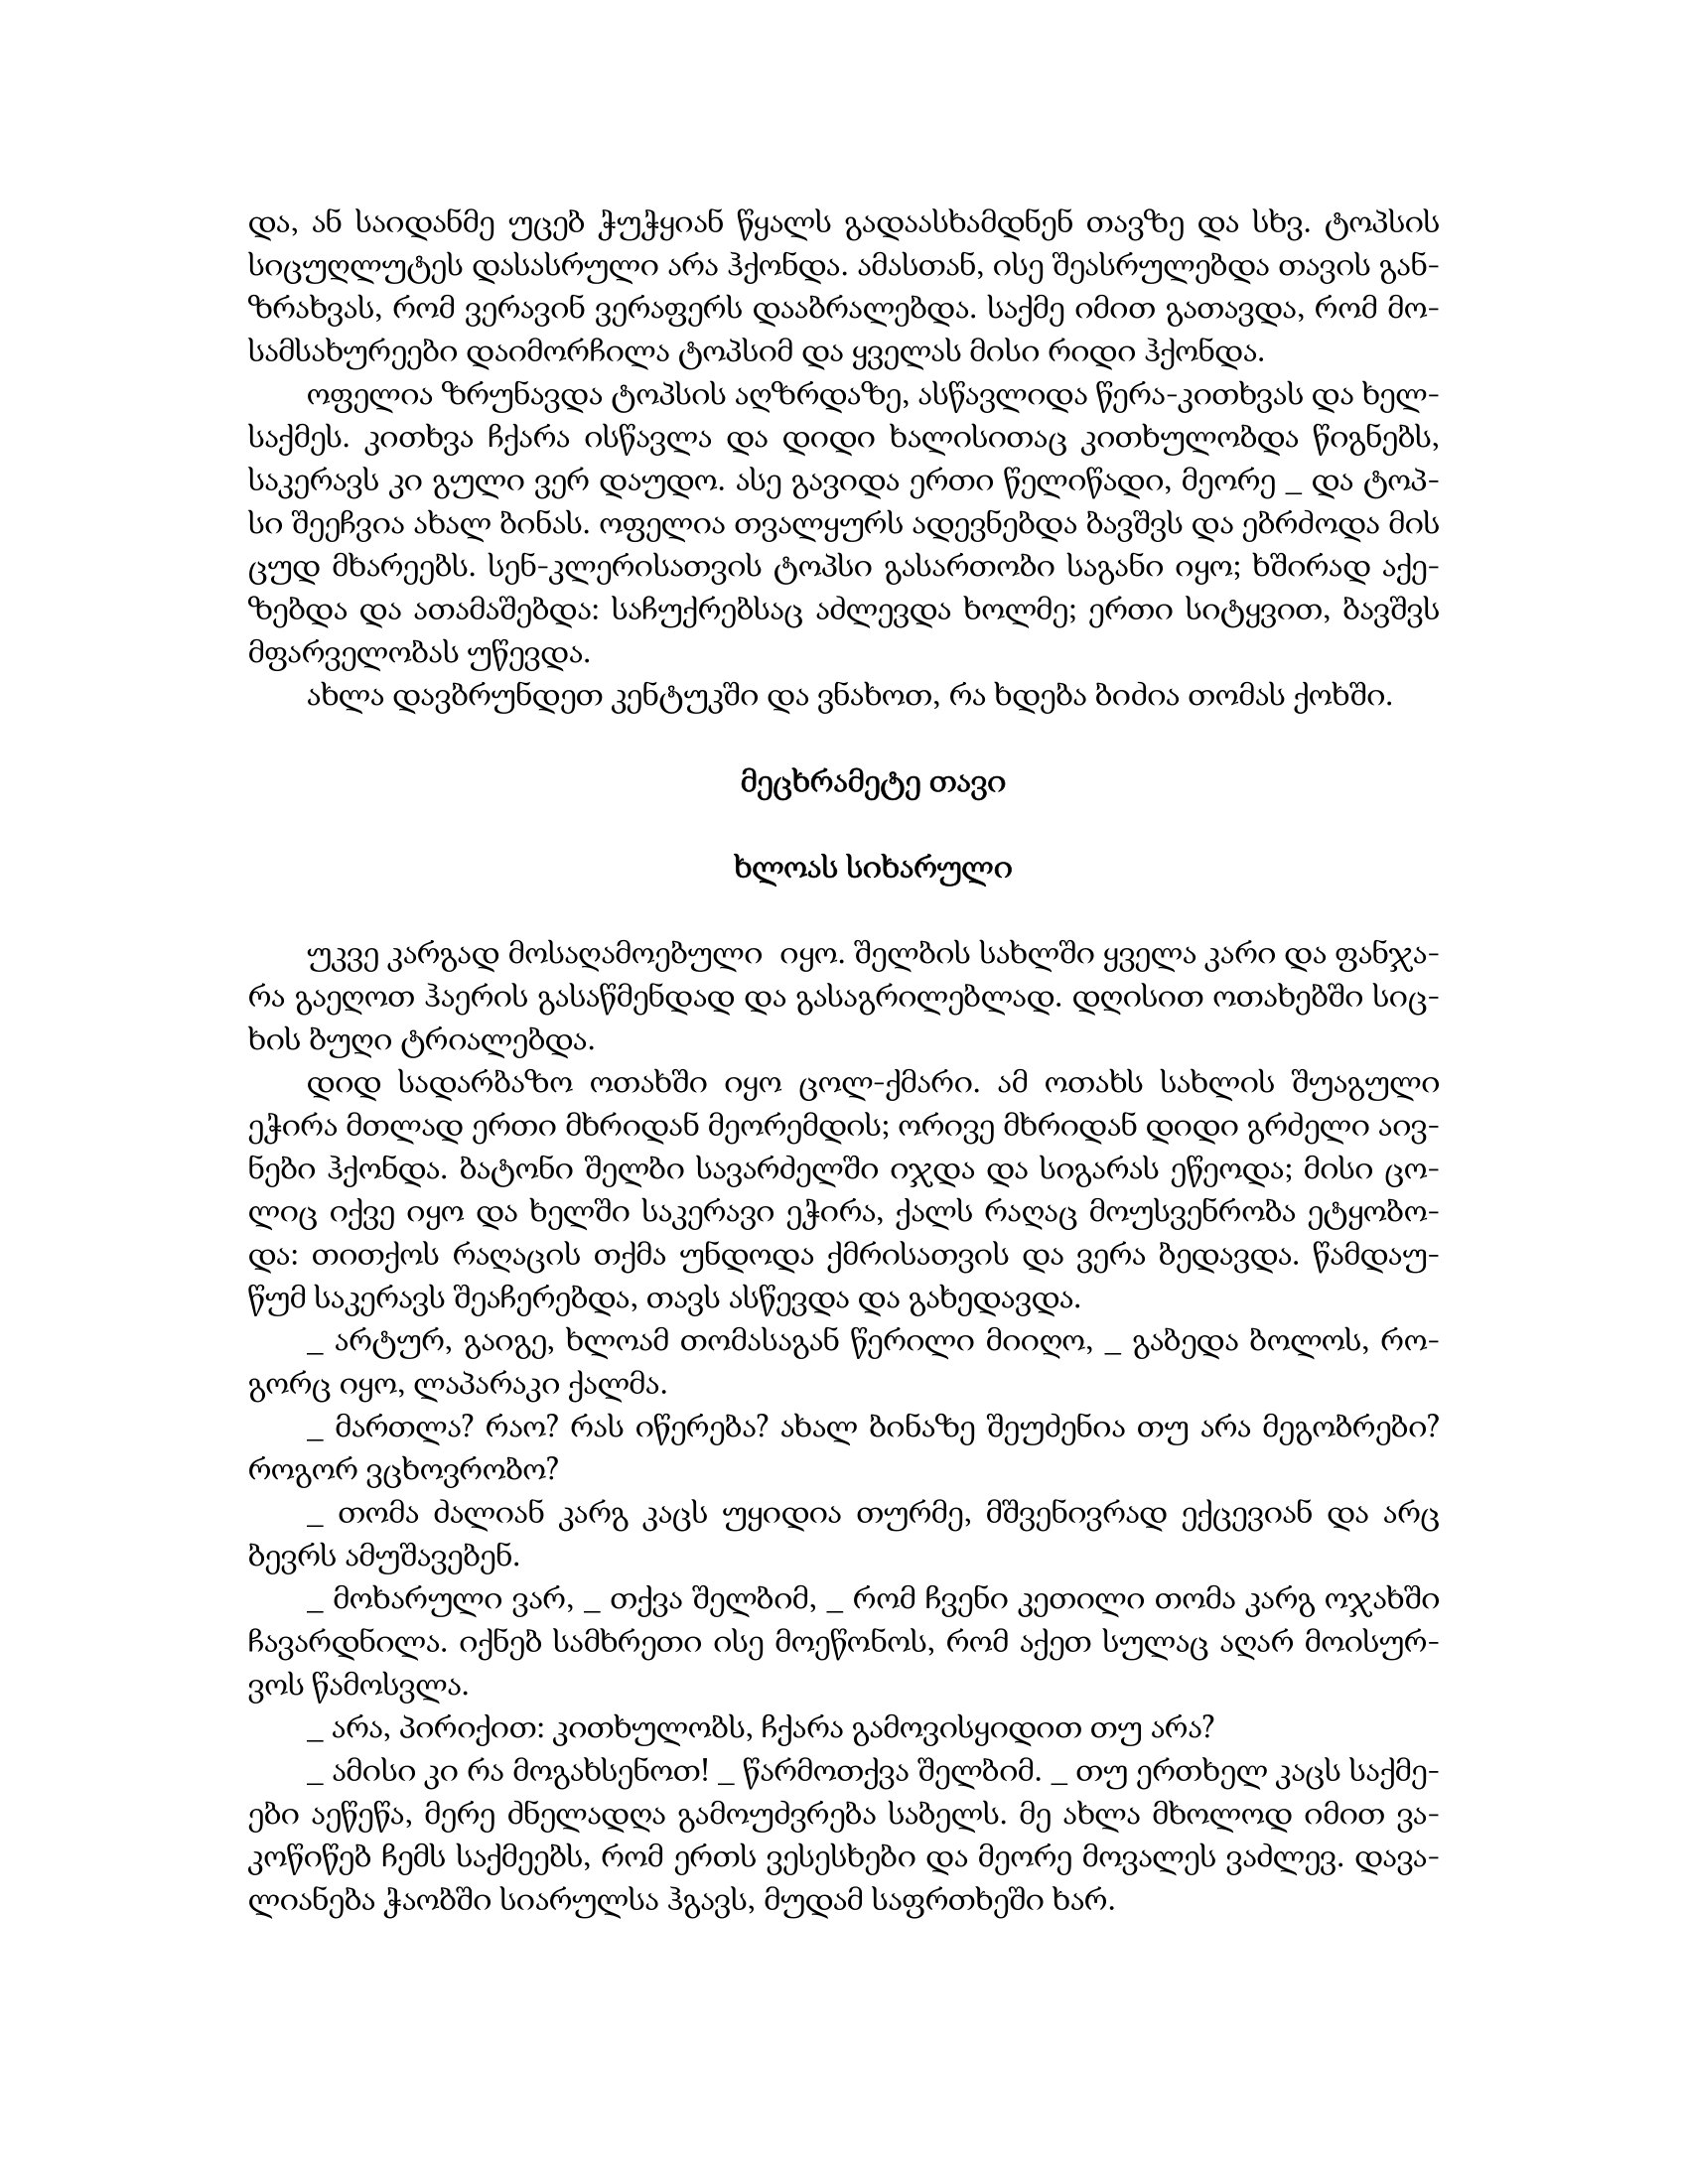
Language: gr